Bombay plague: being a history of the progress of plague in the Bombay presidency from September 1896 to June 1899
Year: 1896
Disease focus: Plague
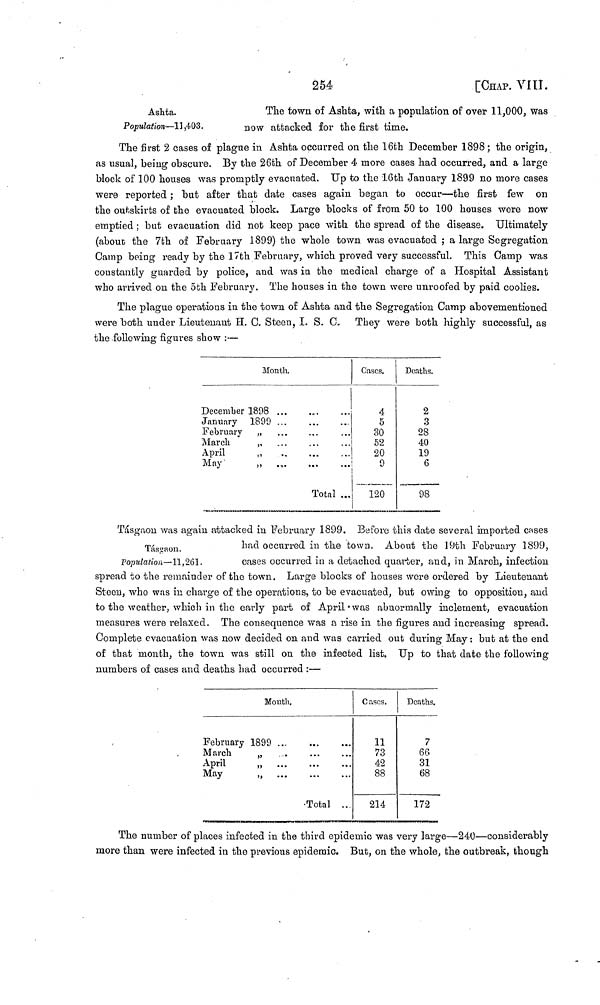
254
[CHAΡ. VIII.
Ashta.
Population—11,403.
The town of Ashta, with a population of over 11,000, was
now attacked for the first time.
The first 2 cases of plague in Ashta occurred on the 16th December 1898 ; the origin,
as usual, being obscure. By the 26th of December 4 more cases had occurred, and a large
block of 100 houses was promptly evacuated. Up to the 16th January 1899 no more cases
were reported ; but after that date cases again began to occur—the first few on
the outskirts of the evacuated block. Large blocks of from 50 to 100 houses were now
emptied ; but evacuation did not keep pace with the spread of the disease. Ultimately
(about the 7th of February 1899) the whole town was evacuated ; a large Segregation
Camp being ready by the 17th February, which proved very successful. This Camp was
constantly guarded by police, and was in the medical charge of a Hospital Assistant
who arrived on the 5th February. The houses in the town were unroofed by paid coolies.
The plague operations in the town o£ Ashta and the Segregation Camp abovementioned
were both under Lieutenant H. C. Steen, I. S. C. They were both highly successful, as
the following figures show :—
Month.
December 1898
January
1899
February
„
March
„
April „
May ,,
...
...
..
...
...
...
...
...
...
Total
...
...
...
...
...
...
Cases.
4
5
30
52
20
9
120
Deaths.
2
3
28
40
19
6
98
Tásgaon.
Population—11,261.
Tásgaon was again attacked in February 1899. Before this date several imported cases
had occurred in the town. About the 19th February 1899,
cases occurred in a detached quarter, and, in March, infection
spread to the remainder of the town. Large blocks of houses were ordered by Lieutenant
Steen, who was in charge of the operations, to be evacuated, but owing to opposition, and
to the weather, which in the early part of April was abnormally inclement, evacuation
measures were relaxed. The consequence was a rise in the figures and increasing spread.
Complete evacuation was now decided on and was carried out during May : but at the end
of that month, the town was still on the infected list. Up to that date the following
numbers of cases and deaths had occurred :—
Mouth.
February 1899
March
„
April „
May „
..
...
...
...
...
...
Total
...
...
...
...
Cases.
11
73
42
88
214
Deaths.
7
66
31
68
172
The number of places infected in the third epidemic was very large—240—considerably
more than were infected in the previous epidemic. But, on the whole, the outbreak, though